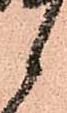
候